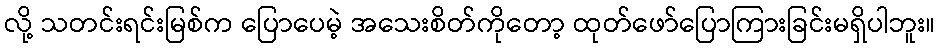
လို့ သတင်းရင်းမြစ်က ပြောပေမဲ့ အသေးစိတ်ကိုတော့ ထုတ်ဖော်ပြောကြားခြင်းမရှိပါဘူး။